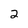
Character: 2